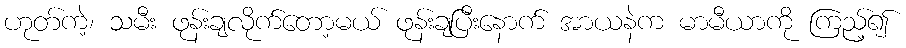
ဟုတ်ကဲ့၊ သမီး ဖုန်းချလိုက်တော့မယ် ဖုန်းချပြီးနောက် အာယနဲက မာမီယာကို ကြည့်၍